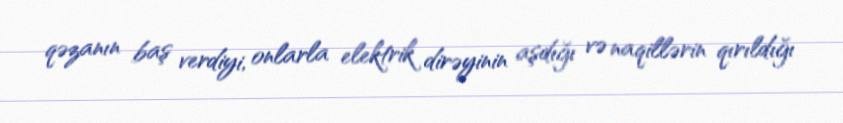
qəzanın baş verdiyi, onlarla elektrik dirəyinin aşdığı və naqillərin qırıldığı